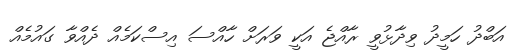
އަބްދު ހަމީދު ވިދާޅުވީ ރާއްޖެ އަކީ ވަރަށް ހާއްސަ އިސްކަމެއް ދެއްވާ ގައުމެއް